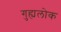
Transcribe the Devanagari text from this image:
गुह्यलोक